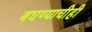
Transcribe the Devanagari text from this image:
बघण्याचीही